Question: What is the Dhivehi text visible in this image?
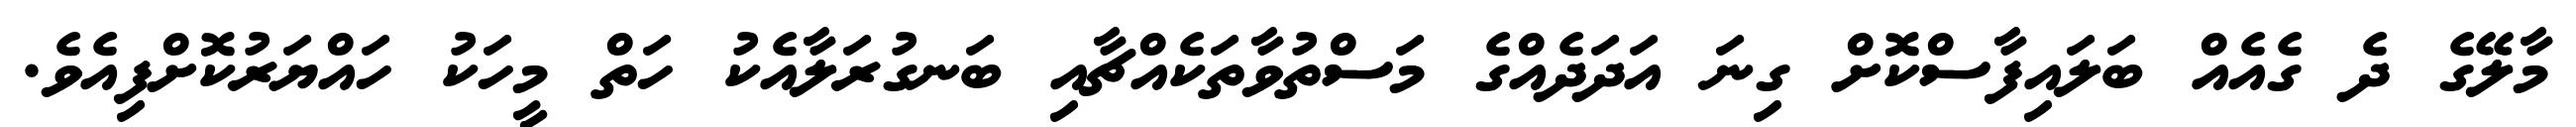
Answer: މާލޭގެ ދެ ގެއެއް ބަލައިފާސްކޮށް ގިނަ އަދަދެއްގެ މަސްތުވާތަކެއްޗާއި ބަނގުރަލާއެކު ހަތް މީހަކު ހައްޔަރުކޮށްފިއެވެ.